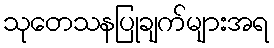
သုတေသနပြုချက်များအရ